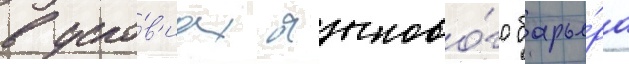
в усло́в'иах языково́го барье́ра